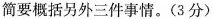
简要概括另外三件事情。